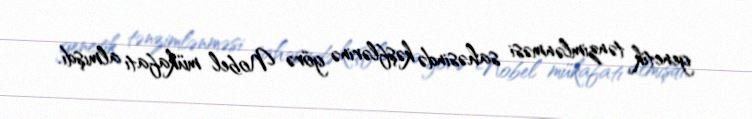
genetik tənzimlənməsi sahəsində kəşflərinə görə Nobel mükafatı almışdı.